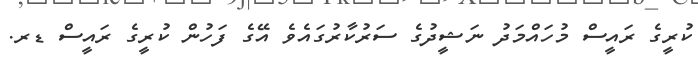
ކުރީގެ ރައީސް މުހައްމަދު ނަޝީދުގެ ސަރުކާރުގައެވެ އޭގެ ފަހުން ކުރީގެ ރައީސް ޑރ.